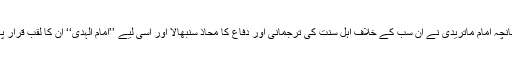
چنانچہ امام ماتریدیؒ نے ان سب کے خلاف اہلِ سنت کی ترجمانی اور دفاع کا محاذ سنبھالا اور اسی لیے ’’امام الہدیٰ‘‘ ان کا لقب قرار پایا۔